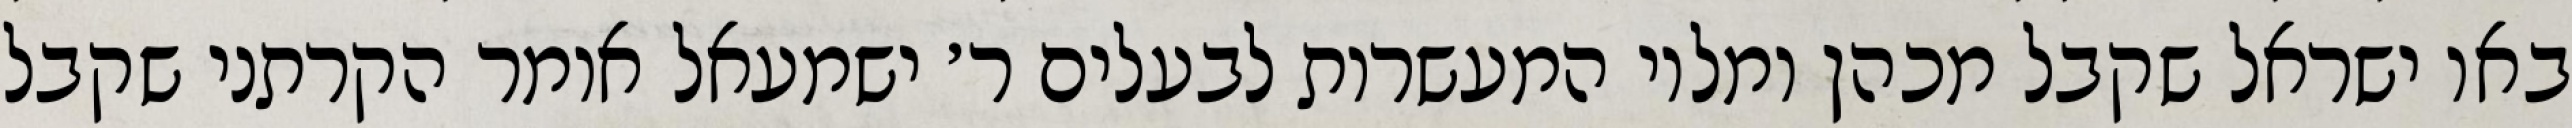
באו ישראל שקבל מכהן ומלוי המעשרות לבעלים ר׳ ישמעאל אומר הקרתני שקבל